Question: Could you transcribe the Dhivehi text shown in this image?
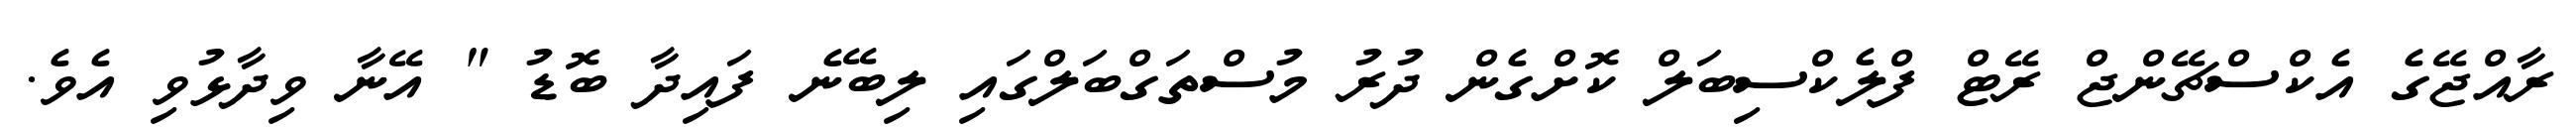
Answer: ރާއްޖޭގެ އެކްސްޗޭންޖް ރޭޓް ފްލެކްސިބަލް ކޮށްގެން ދުރު މުސްތަގްބަލްގައި ލިބޭނެ ފައިދާ ބޮޑު " އޭނާ ވިދާޅުވި އެވެ.